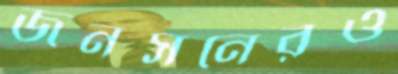
জনসনেরও